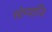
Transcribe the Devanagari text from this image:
सोम्याजि